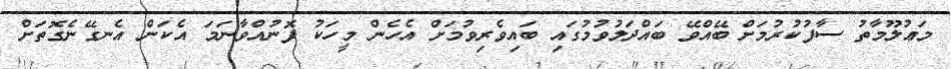
މަޢުލޫމާތު ސާފުކުރުމަށް ބޭއްވޭ ބައްދަލުވުމުގައި ބައިވެރިވުމަށް އެހެން މީހަކު ފޮނުއްވާނަމަ އެކަން އެނގޭނެގޮތަށް